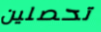
تحصلين